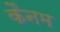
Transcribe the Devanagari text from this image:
कैनम